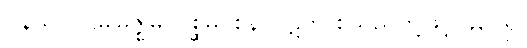
ဝိနယ၊ ပဌမ၊မဇ္ဈိမ၊ ပစ္ဆိမဝစန၊ ပိဋက စသည်တို့ဖြင့် ခွဲဝေ၍